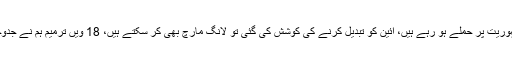
ان کا مزید کہنا تھا کہ اس وقت اٹھارویں آئینی ترمیم اور جمہوریت پر حملے ہو رہے ہیں، آئین کو تبدیل کرنے کی کوشش کی گئی تو لانگ مارچ بھی کر سکتے ہیں، 18 ویں ترمیم ہم نے جدوجہد کے بعد پاس کی، اس پر حملے برداشت نہیں کر سکتے۔